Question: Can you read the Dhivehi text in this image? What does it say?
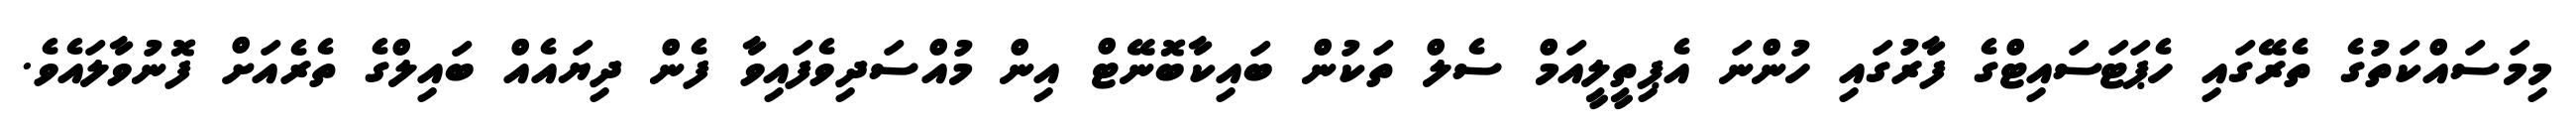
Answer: މިމަސައްކަތުގެ ތެރޭގައި ހެޕަޓަސައިޓްގެ ފާރުގައި ހުންނަ އެޕިތީލީއަމް ސެލް ތަކުން ބައިކާބޮނޭޓް އިން މުއްސަދިވެފައިވާ ފެން ދިޔައެއް ބައިލްގެ ތެރެއަށް ފޮނުވާލައެވެ.